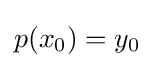
p(x_{0})=y_{0}